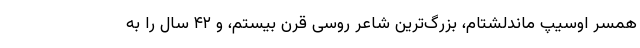
همسر اوسیپ ماندلشتام، بزرگ‌ترین شاعر روسی قرن بیستم، و ۴۲ سال را به